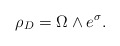
\begin{align*}\rho_{D}=\Omega\wedge e^{\sigma}.\end{align*}